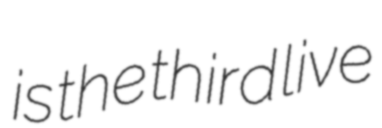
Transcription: is the third live